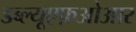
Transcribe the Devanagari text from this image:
डब्ल्यूएफ़ओआर